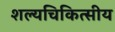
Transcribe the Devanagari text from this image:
शल्यचिकित्सीय